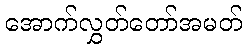
အောက်လွှတ်တော်အမတ်